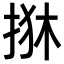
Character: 𢬺